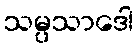
သမ္ပသာဒေါ